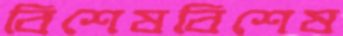
বিশেষবিশেষ